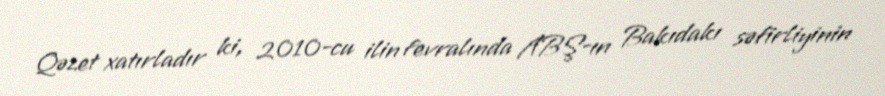
Qəzet xatırladır ki, 2010-cu ilin fevralında ABŞ-ın Bakıdakı səfirliyinin